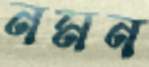
নমন